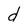
Character: d